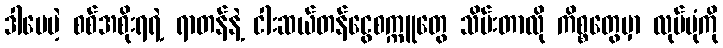
ဒါပေမဲ့ စစ်အစိုးရရဲ့ ရာတန်နဲ့ ငါးဆယ်တန်ငွေစက္ကူတွေ သိမ်းတာလို ကိစ္စတွေမှာ လုပ်ပုံကို